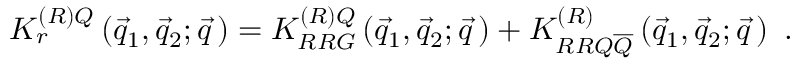
{ \cal K } _ { r } ^ { \left( { \cal R } \right) Q } \left( \vec { q } _ { 1 } , \vec { q } _ { 2 } ; \vec { q } \, \right) = { \cal K } _ { R R G } ^ { \left( { \cal R } \right) Q } \left( \vec { q } _ { 1 } , \vec { q } _ { 2 } ; \vec { q } \, \right) + { \cal K } _ { R R Q \overline { { { Q } } } } ^ { \left( { \cal R } \right) } \left( \vec { q } _ { 1 } , \vec { q } _ { 2 } ; \vec { q } \, \right) ~ .